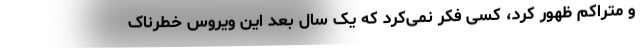
و متراکم ظهور کرد، کسی فکر نمی‌کرد که یک سال بعد این ویروس خطرناک